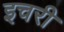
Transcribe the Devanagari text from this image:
इचरी